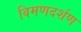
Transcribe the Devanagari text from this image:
विमणदर्शण